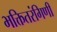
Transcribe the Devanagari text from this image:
भक्तितरंगिणी